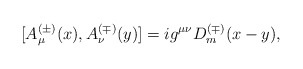
\begin{align*}[A_\mu^{(\pm)}(x),A_\nu^{(\mp)}(y)]=ig^{\mu \nu} D_m^{(\mp)}(x-y),\end{align*}